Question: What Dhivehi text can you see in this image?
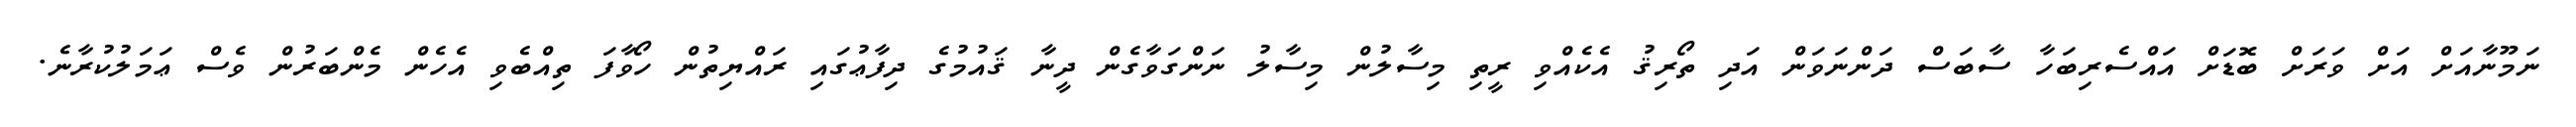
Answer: ނަމޫނާއަށް އަށް ވަރަށް ބޮޑަށް އައްސެރިބަހާ ސާބަސް ދަންނަވަން އަދި ތޯރިޤު އެކެއްވި ރީތި މިސާލުން މިސާލު ނަންގަވާގެން ދީނާ ޤައުމުގެ ދިފާޢުގައި ރައްޔިތުން ހޯވާފަ ތިއްބެވި އެހެން މެންބަރުން ވެސް ޢަމަލުކުރާނެ.